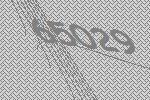
65029